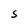
Character: S